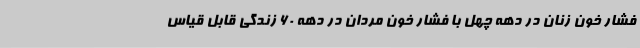
فشار خون زنان در دهه چهل با فشار خون مردان در دهه ۶۰ زندگی قابل قیاس